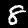
Digit: 8